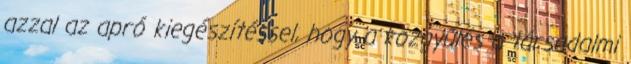
azzal az apró kiegészítéssel, hogy a közgyűlés a társadalmi